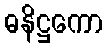
ဓနိဋ္ဌကော